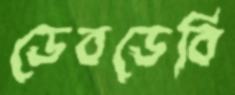
ডেবডেবি